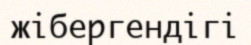
жібергендігі